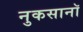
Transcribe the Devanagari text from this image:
नुकसानॉ